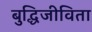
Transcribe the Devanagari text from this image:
बुद्धिजीविता